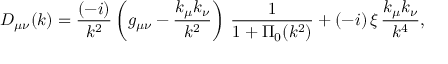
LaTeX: D _ { \mu \nu } ( k ) = \frac { ( - i ) } { k ^ { 2 } } \left( g _ { \mu \nu } - \frac { k _ { \mu } k _ { \nu } } { k ^ { 2 } } \right) \, \frac { 1 } { 1 + \Pi _ { 0 } ( k ^ { 2 } ) } + ( - i ) \, \xi \, \frac { k _ { \mu } k _ { \nu } } { k ^ { 4 } } ,